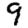
Digit: 9